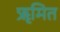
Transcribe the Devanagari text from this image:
ॠमित